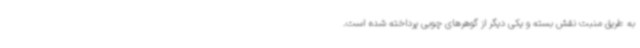
به طریق منبت نقش بسته و یکی دیگر از گوهرهای چوبی پرداخته شده است.